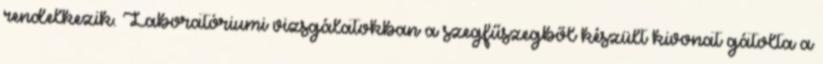
rendelkezik. Laboratóriumi vizsgálatokban a szegfűszegből készült kivonat gátolta a